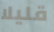
قليلا